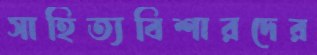
সাহিত্যবিশারদের